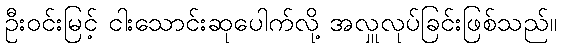
ဦးဝင်းမြင့် ငါးသောင်းဆုပေါက်လို့ အလှူလုပ်ခြင်းဖြစ်သည်။